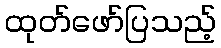
ထုတ်ဖော်ပြသည့်